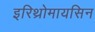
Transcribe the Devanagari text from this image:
इरिथ्रोमायसिन